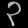
Digit: ၃